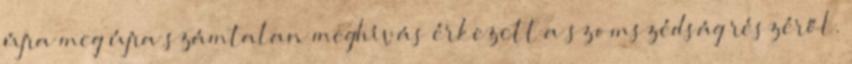
újra meg újra számtalan meghívás érkezett a szomszédság részéről.